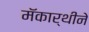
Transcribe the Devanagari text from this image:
मॅकार्थीने